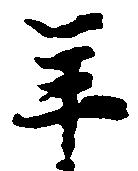
年